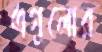
এগুলোর